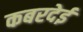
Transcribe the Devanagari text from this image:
कबरदेई